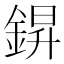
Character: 𮢆